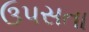
ઉપસતા